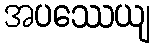
အပဿေယျ